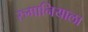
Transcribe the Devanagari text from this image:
रुमानियाला